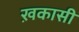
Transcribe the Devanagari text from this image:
ख़कासी